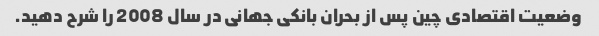
وضعیت اقتصادی چین پس از بحران بانکی جهانی در سال 2008 را شرح دهید.